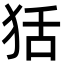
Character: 狧